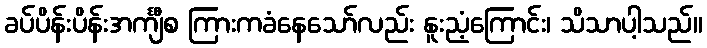
ခပ်ပိန်းပိန်းအင်္ကျီစ ကြားကခံနေသော်လည်း နူးညံ့ကြောင်း၊ သိသာပါ့သည်။